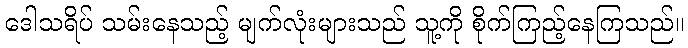
ဒေါသရိပ် သမ်းနေသည့် မျက်လုံးများသည် သူ့ကို စိုက်ကြည့်နေကြသည်။